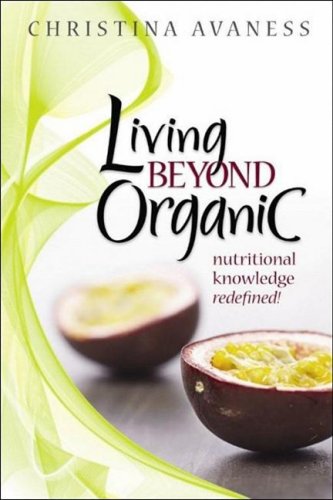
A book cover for Living Beyond Organic: nutritional knowledge redefined!; Christina Avaness; Cookbooks, Food & Wine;